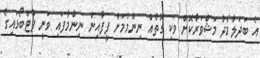
އެ ބަދަލާމެދު މަޝްވަރާކޮށް ވަކި ގޮތެއް ނިންމުމަށް ފީފާއިން ނިންމާފައި ވަނީ ފުޓްބޯޅައިގެ